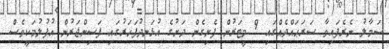
ސަމާލު ނެރެފައިވާ ސަރަޙައްދެއްގައި 9 މީޓަރުން ފެށިގެން ދަށުގެ އުޅަނދުފަހަރުގައި ފަސިންޖަރުން އުފުލުމަކީވެސް